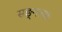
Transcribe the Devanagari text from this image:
सङ्गत्याः